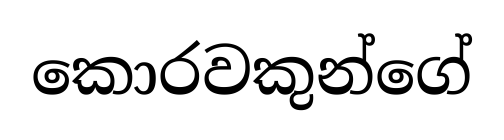
කොරවකුන්ගේ